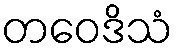
တဝေဒိသံ